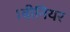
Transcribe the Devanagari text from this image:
।वीनियर